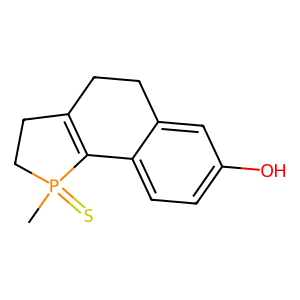
SMILES: CP1(=S)CCC2=C1c1ccc(O)cc1CC2
Inhibits HIV replication: No